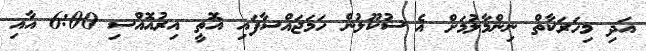
އަދި މިހަރަކާތް ނިންމާލުމަށް އެ ސުކޫލުން ހަމަޖައްސާފައި އޮތީ އިރުއޮއްސި 6:00 އާއި